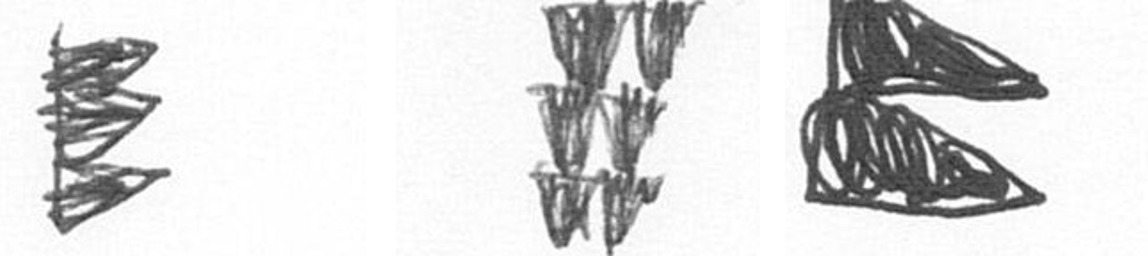
H Y P